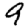
Digit: 9